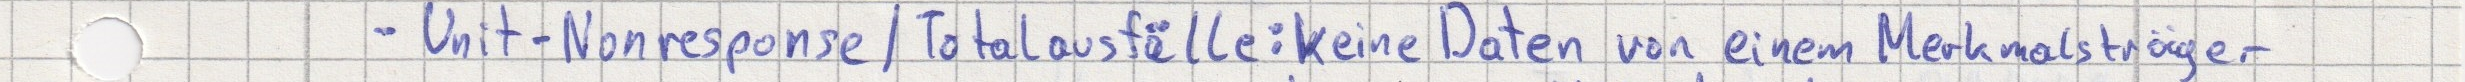
- Unit-Nonresponse / Totalausfälle: keine Daten von einem Merkmalsträger